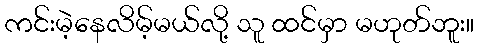
ကင်းမဲ့နေလိမ့်မယ်လို့ သူ ထင်မှာ မဟုတ်ဘူး။